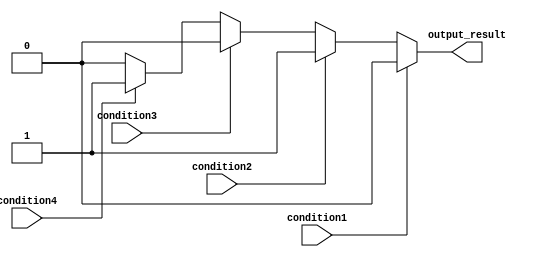
module multiple_if_else (
    input wire condition1,
    input wire condition2,
    input wire condition3,
    input wire condition4,
    output reg output_result
);

always @* begin
    if (condition1) begin
        output_result <= 1'b0;
    end else if (condition2) begin
        output_result <= 1'b1;
    end else if (condition3) begin
        output_result <= 1'b0;
    end else if (condition4) begin
        output_result <= 1'b1;
    end else begin
        output_result <= 1'b0; // default output if no condition is met
    end
end

endmodule